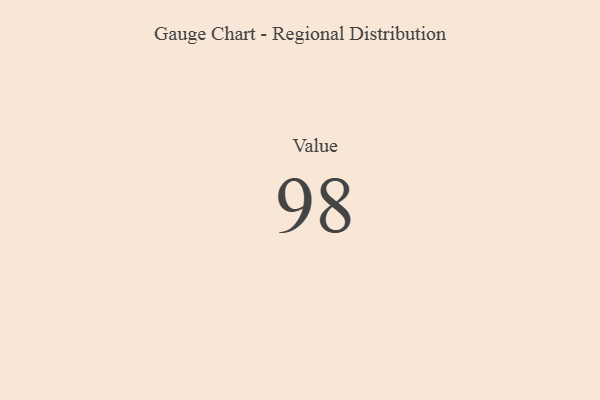
{"axis": {"x": "Metric", "y": "Value"}, "legend": [""], "data": [{"x": "Value", "y": 98, "type": ""}]}